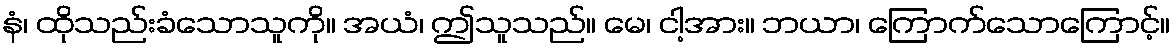
နံ၊ ထိုသည်းခံသောသူကို။ အယံ၊ ဤသူသည်။ မေ၊ ငါ့အား။ ဘယာ၊ ကြောက်သောကြောင့်။